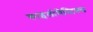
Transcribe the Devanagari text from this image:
काइलोमैस्टिक्स